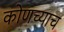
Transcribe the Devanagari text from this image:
कोणच्याच